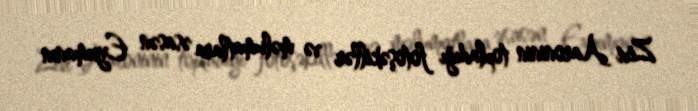
Zivi Aaroninin topladığı fotoşəkillər və məlumatlara əsasən Eyxmanın